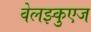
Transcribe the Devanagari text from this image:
वेलझ्कुएज